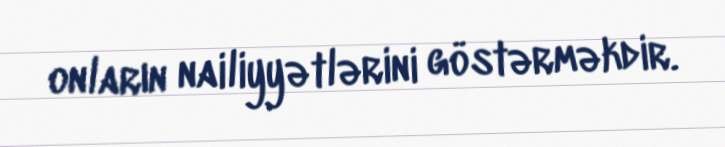
onların nailiyyətlərini göstərməkdir.